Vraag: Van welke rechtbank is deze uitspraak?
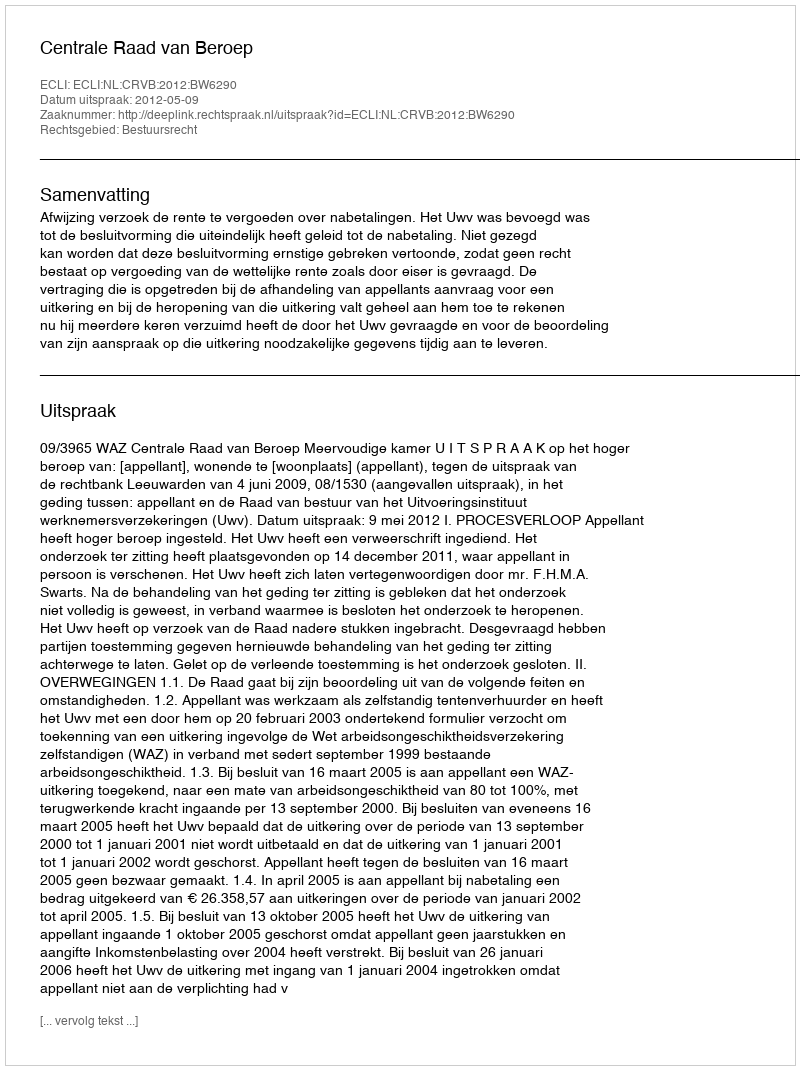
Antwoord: Centrale Raad van Beroep